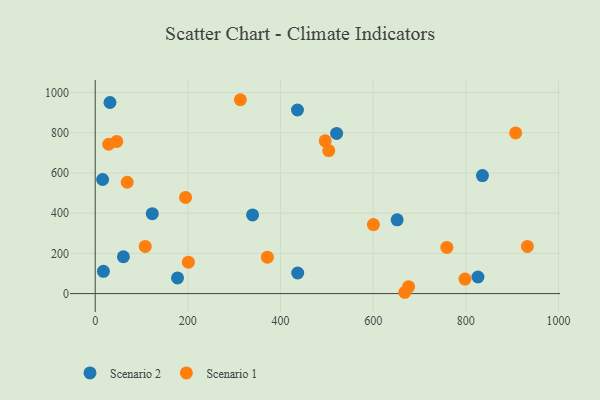
{"axis": {"x": "Speed", "y": "Fuel Efficiency"}, "legend": ["Scenario 1", "Scenario 2"], "data": [{"x": "436.6", "y": 913.4, "type": "Scenario 2"}, {"x": "521.1", "y": 796.6, "type": "Scenario 2"}, {"x": "60.8", "y": 183.3, "type": "Scenario 2"}, {"x": "835.9", "y": 587.0, "type": "Scenario 2"}, {"x": "123.2", "y": 397.4, "type": "Scenario 2"}, {"x": "177.7", "y": 77.7, "type": "Scenario 2"}, {"x": "16.0", "y": 567.5, "type": "Scenario 2"}, {"x": "651.8", "y": 366.9, "type": "Scenario 2"}, {"x": "31.9", "y": 950.7, "type": "Scenario 2"}, {"x": "437.1", "y": 102.4, "type": "Scenario 2"}, {"x": "339.7", "y": 391.3, "type": "Scenario 2"}, {"x": "17.7", "y": 110.6, "type": "Scenario 2"}, {"x": "826.2", "y": 82.4, "type": "Scenario 2"}, {"x": "668.3", "y": 6.5, "type": "Scenario 1"}, {"x": "69.0", "y": 554.0, "type": "Scenario 1"}, {"x": "676.5", "y": 34.3, "type": "Scenario 1"}, {"x": "907.6", "y": 799.3, "type": "Scenario 1"}, {"x": "46.5", "y": 756.9, "type": "Scenario 1"}, {"x": "932.9", "y": 234.5, "type": "Scenario 1"}, {"x": "504.2", "y": 711.6, "type": "Scenario 1"}, {"x": "29.1", "y": 742.9, "type": "Scenario 1"}, {"x": "313.3", "y": 964.5, "type": "Scenario 1"}, {"x": "371.6", "y": 181.2, "type": "Scenario 1"}, {"x": "108.0", "y": 234.4, "type": "Scenario 1"}, {"x": "600.5", "y": 343.3, "type": "Scenario 1"}, {"x": "759.1", "y": 229.5, "type": "Scenario 1"}, {"x": "195.0", "y": 478.6, "type": "Scenario 1"}, {"x": "496.4", "y": 760.2, "type": "Scenario 1"}, {"x": "798.2", "y": 72.2, "type": "Scenario 1"}, {"x": "201.1", "y": 156.1, "type": "Scenario 1"}]}